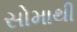
સોમાથી